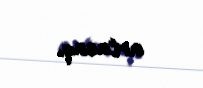
artacaq.